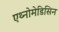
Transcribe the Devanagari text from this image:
एथ्नोमेडिसिन